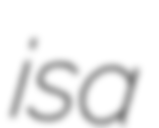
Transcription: is a